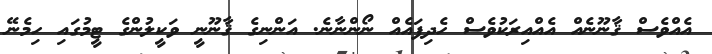
އެއްވެސް ޤާނޫނެއް އެއްއިރަކުވެސް ހެދިފައެއް ނޯންނާނެ. އަންނިގެ ޤާނޫނީ ވަކީލުންގެ ޓީމުގައި ހިމެނޭ